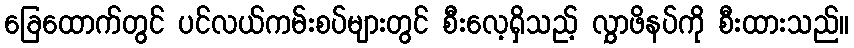
ခြေထောက်တွင် ပင်လယ်ကမ်းစပ်များတွင် စီးလေ့ရှိသည့် လွှာဖိနပ်ကို စီးထားသည်။